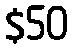
$50